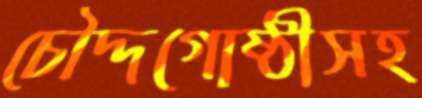
চৌদ্দগোষ্ঠীসহ